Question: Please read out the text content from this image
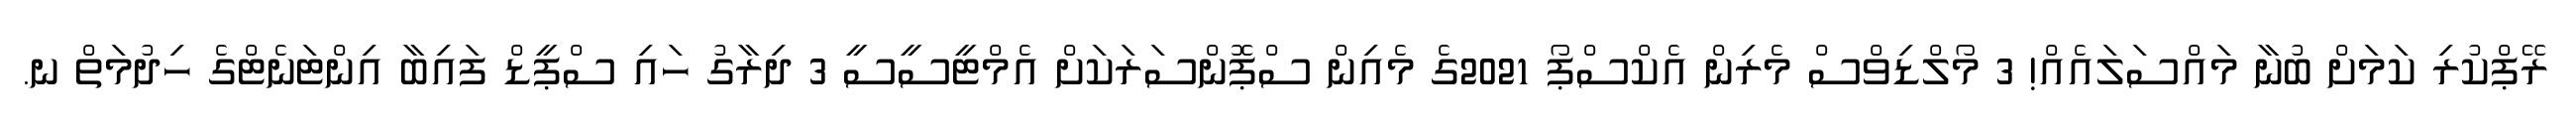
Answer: ރޭޕްކުރި ކަމަށް ބުނާ މައްސަލައެއް! 3 މޯލްޑިވްސް މެރިން އެކްސްޕޯ 2021ގެ މެއިން ސްޕޮންސަރަކަށް އެމްޓީސީސީ 3 ދިރާގު ހައި ސްޕީޑް ފައިބާ އިންޓަނެޓްގެ ހިދުމަތް ނ.